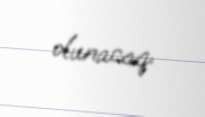
olunacaq.